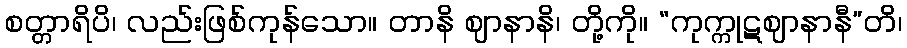
စတ္တာရိပိ၊ လည်းဖြစ်ကုန်သော။ တာနိ ဈာနာနိ၊ တို့ကို။ “ကုက္ကုဋဈာနာနီ”တိ၊